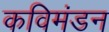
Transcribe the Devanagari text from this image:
कविमंडन